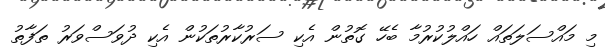
މި މައްސަލަތައް ހައްލުކުރުމާ ބެހޭ ގޮތުން އެކި ސަރުކާރުތަކުން އެކި ދުވަސްވަރު ތަފާތު